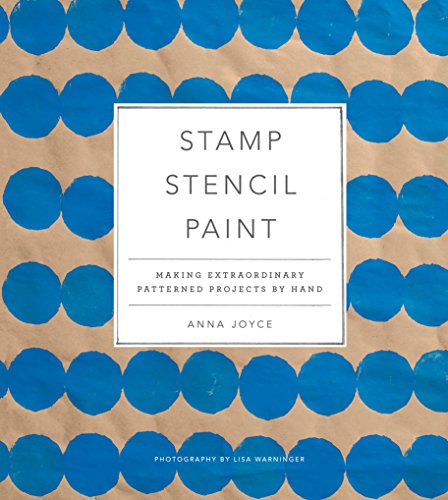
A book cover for Stamp Stencil Paint: Making Extraordinary Patterned Projects by Hand; Anna Joyce; Crafts, Hobbies & Home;